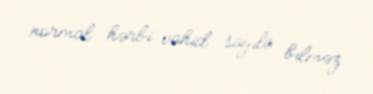
normal hərbi vahid sayıla bilməz.